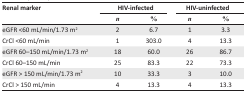
| <ROWSPAN=3> Renal marker | <COLSPAN=2> HIV-infected | <COLSPAN=2> HIV-uninfected |
 | n | % | n | % |
 | --- | --- | --- | --- | --- |
 | eGFR <60 mL/min/1.73 m2 | 2 | 6.7 | 1 | 3.3 |
 | CrCl <60 mL/min | 1 | 303.0 | 4 | 13.3 |
 | eGFR 60–150 mL/min/1.73 m2 | 18 | 60.0 | 26 | 86.7 |
 | CrCl 60–150 mL/min | 25 | 83.3 | 22 | 73.3 |
 | eGFR > 150 mL/min/1.73 m2 | 10 | 33.3 | 3 | 10.0 |
 | CrCl > 150 mL/min | 4 | 13.3 | 4 | 13.3 |